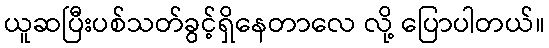
ယူဆပြီးပစ်သတ်ခွင့်ရှိနေတာလေ လို့ ပြောပါတယ်။